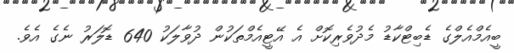
ބީއެމްއެލްގެ ޑެބިޓްކާޑު މެދުވެރިކޮށް އެ އޭޓީއެމްތަކުން ދުވާލަކު 640 ޑޮލަރު ނެގެ އެވެ.